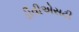
ડીવીએસટી